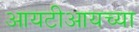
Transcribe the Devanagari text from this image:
आयटीआयच्या